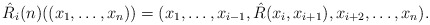
\begin{align*}\hat{R}_{i} (n) ( (x_{1}, \ldots , x_{n})) = (x_{1}, \ldots , x_{i-1}, \hat{R} (x_{i}, x_{i+1}) , x_{i+2} , \ldots , x_{n} ).\end{align*}